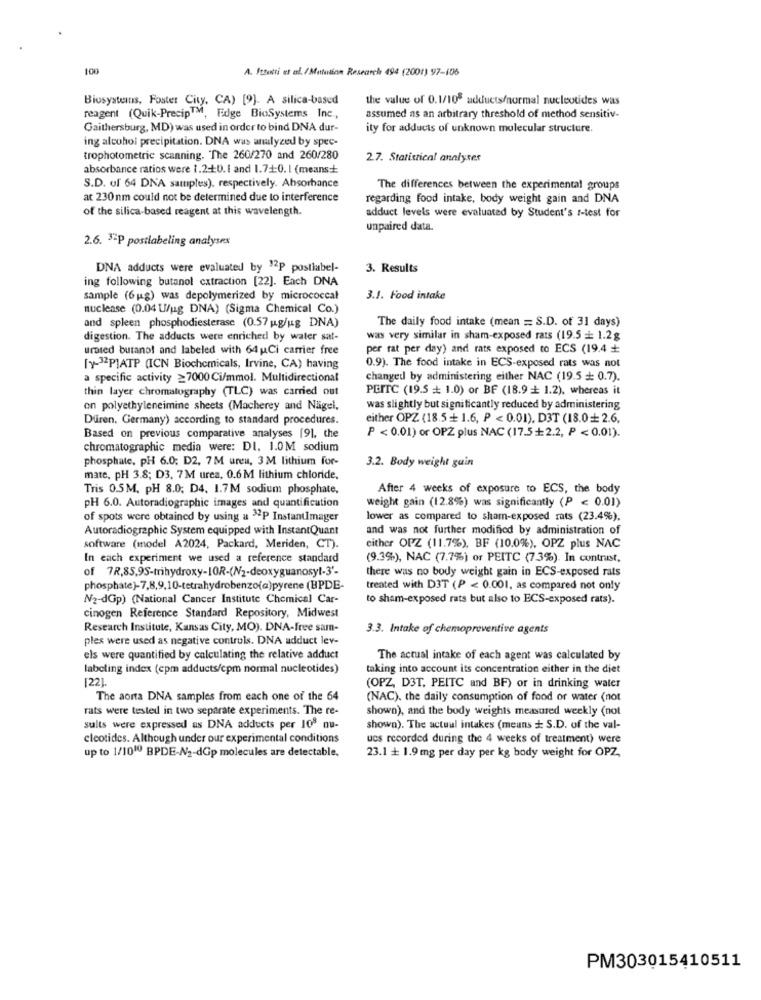
100
A. Ittutti et al. /Mutation Research 494 (2001) 97-106
Biosystems, Foster City, CA) [9]. A silica-based
the value of 0.1/108 adducts/normal nucleotides was
reagent (Quik-PrecipTM, Edge BioSystems Inc .,
assumed as an arbitrary threshold of method sensitiv-
Gaithersburg, MD) was used in order to bind DNA dur-
ity for adducts of unknown molecular structure.
ing alcohol precipitation. DNA was analyzed by spec-
trophotometric scanning. "The 260/270 and 260/280
2.7. Statistical analyser
absorbance ratios were 1.2-10. 1 and 1.7+0. 1 (means+
S.D. of 64 DNA samples), respectively. Absorbance
The differences between the experimental groups
at 230nm could not be determined due to interference
regarding food intake, body weight gain and DNA
of the silica-based reagent at this wavelength.
adduct levels were evaluated by Student's z-test for
unpaired data.
2.6. 32P postlabeling analyses
DNA adducts were evaluated by "2P postlabel-
3. Results
ing following butanol extraction [22]. Each DNA
sample (6 g) was depolymerized by micrococcal
3.1. Food intake
nuclease (0.04 Wug DNA) (Sigma Chemical Co.)
The daily food intake (mean = S.D. of 31 days)
and spleen phosphodiesterase (0.57 u.g/ug DNA)
digestion. The adducts were enriched by water sat-
was very similar in sham-exposed rats (19.5 = 1.2g
urated butanol and labeled with 64 Ci carrier free
per rat per day) and rats exposed to ECS (19.4
[y-32P]ATP (ICN Biochemicals, Irvine, CA) having
0.9). The food intake in ECS-exposed rats was not
a specific activity ≥7000 Ci/mmol. Multidirectional
changed by administering either NAC (19.5 = 0.7).
thin layer chromatography (TLC) was carried out
PEITC (19.5 + 1.0) or BF (18.9 + 1.2), whereas it
on polyethyleneimine sheets (Macherey and Nägel,
was slightly but significantly reduced by administering
Duren. Germany) according to standard procedures.
either OPZ (18.5 + 1.6, P < 0.01), D3T (18.0+ 2.6.
P < 0.01) or OPZ plus NAC (17.5+2.2, P < 0.01).
Based on previous comparative analyses [9], the
chromatographic media were: DI. 1.0M sodium
phosphate, pH 6.0; D2, 7M ureu, 3 M lithium for-
3.2. Body weight gain
mate, pH 3.8; D3, 7M urea, 0.6 M lithium chloride,
Tris 0.5M. pH 8.0; D4. 1.7M sodium phosphate,
After 4 weeks of exposure to ECS, the body
weight gain (12.8%) was significantly (P < 0.01)
PH 6.0. Autoradiographic images and quantification
of spots were obtained by using a >>2P InstantImager
lower as compared to sham-exposed rats (23.4%),
Autoradiographic System equipped with InstantQuant
and was not further modified by administration of
software (model A2024, Packard, Meriden, CT).
either OPZ (11.7%), BF (10.0%), OPZ plus NAC
In each experiment we used a reference standard
(9.3%), NAC (7.7%) or PEITC (7.3%). In contrast,
of 7R.85,95-trihydroxy-IOR-(N2-deoxyguanosyt-3'-
there was no body weight gain in ECS-exposed rats
phosphate)-7,8,9,10-tetrahydrobenzo(a)pyrene (BPDE-
treated with D3T (P < 0.001, as compared not only
N2-dGp) (National Cancer Institute Chemical Car-
to sham-exposed rats but also to ECS-exposed rats).
cinogen Reference Standard Repository, Midwest
Research Institute, Kansas City, MO). DNA-free sam-
3.3. Intake of chemopreventive agents
ples were used as negative controls. DNA adduct lev-
els were quantified by calculating the relative adduct
The actual intake of each agent was calculated by
labeling index (cpm adducts/cpm normal nucleotides)
taking into account its concentration either in the diet
[22].
(OPZ, D3T, PEITC and BF) or in drinking water
The aorta DNA samples from each one of the 64
(NAC), the daily consumption of food or water (not
rats were tested in two separate experiments. The re-
shown), and the body weights measured weekly (not
sults were expressed as DNA adducts per 108 nu-
shown). The actual intakes (means + S.D. of the val-
cleotides. Although under our experimental conditions
ucs recorded during the 4 weeks of treatment) were
up to 1/1010 BPDE-N/2-dGp molecules are detectable,
23.1 + 1.9 mg per day per kg body weight for OPZ,
PM303015410511